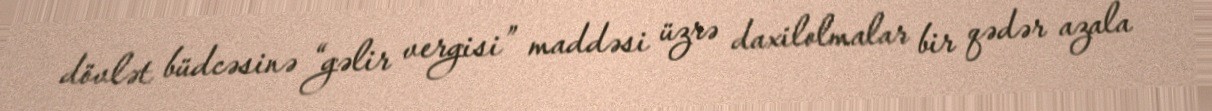
dövlət büdcəsinə “gəlir vergisi” maddəsi üzrə daxilolmalar bir qədər azala